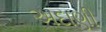
અદાણી